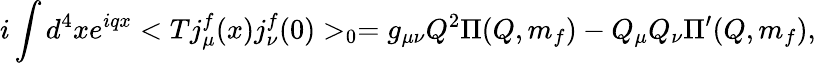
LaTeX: i\int d^{4}xe^{iqx}<Tj_{\mu}^{f}(x)j_{\nu}^{f}(0)>_{0}=g_{\mu\nu}Q^{2}\Pi(Q,m_{f})-Q_{\mu}Q_{\nu}\Pi^{\prime}(Q,m_{f}),